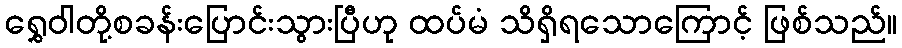
ရွှေဝါတို့စခန်းပြောင်းသွားပြီဟု ထပ်မံ သိရှိရသောကြောင့် ဖြစ်သည်။